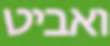
ואביט